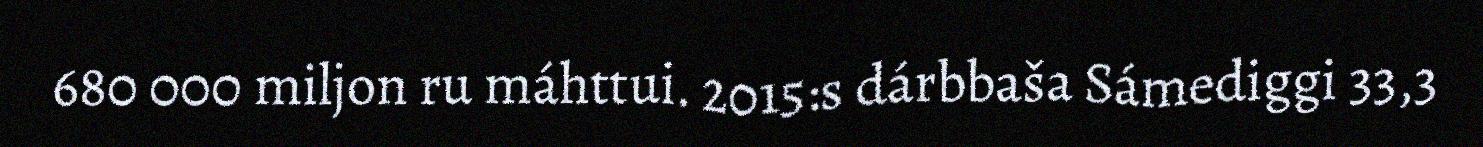
680 000 miljon ru máhttui. 2015:s dárbbaša Sámediggi 33,3